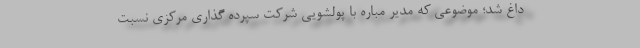
داغ شد؛ موضوعی که مدیر مباره با پولشویی شرکت سپرده گذاری مرکزی نسبت